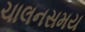
ચાલનસમય